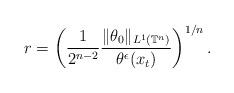
LaTeX: \begin{align*}r=\left(\frac{1}{2^{n-2}}\frac{\|\theta_0\|_{L^1\left(\mathbb{T}^{n}\right)}}{\theta^\epsilon(x_t)}\right)^{1/n}.\end{align*}